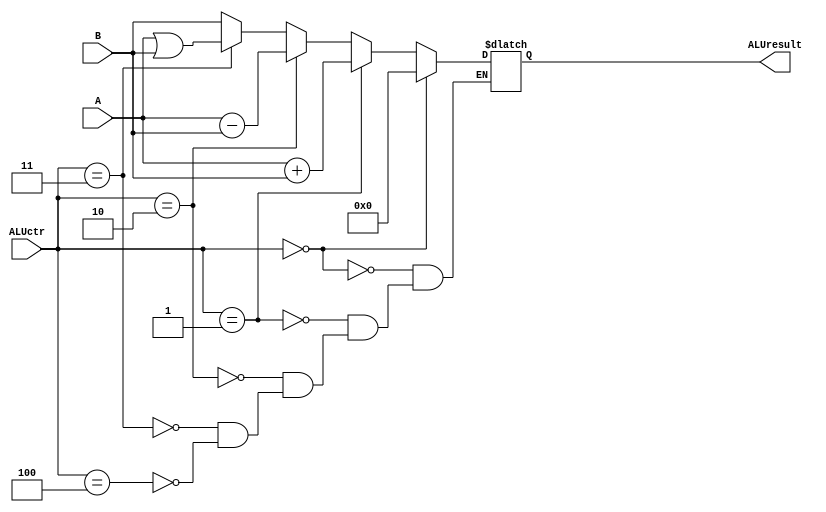
`timescale 1ns / 1ps
//////////////////////////////////////////////////////////////////////////////////
// Company: 
// Engineer: 
// 
// Design Name: 
// Module Name:    ALU 
// Project Name: 
// Target Devices: 
// Tool versions: 
// Description: 
//
// Dependencies: 
//
// Revision: 
// Revision 0.01 - File Created
// Additional Comments: 
//
//////////////////////////////////////////////////////////////////////////////////
module ALU(A,B,ALUctr,ALUresult);
	input [31:0] A;
	input [31:0] B;
	input [2:0] ALUctr;
	output reg [31:0] ALUresult;
	always@(*) begin
		if(ALUctr==0) ALUresult<=0;
		else if(ALUctr==1) ALUresult<=A+B;
		else if(ALUctr==2) ALUresult<=A-B;
		else if(ALUctr==3) ALUresult<=A|B;
		else if(ALUctr==4) ALUresult<=B;
	end
endmodule